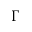
\Gamma